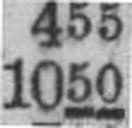
1050